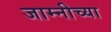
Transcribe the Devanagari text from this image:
जाम्नीच्या